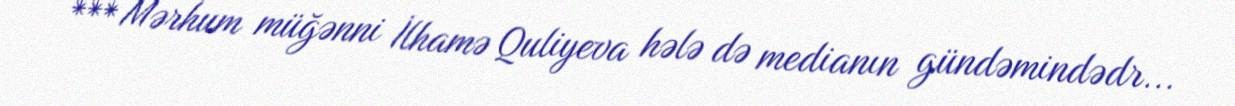
*** Mərhum müğənni İlhamə Quliyeva hələ də medianın gündəmindədr...